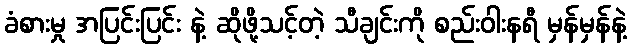
ခံစားမှု အပြင်းပြင်း နဲ့ ဆိုဖို့သင့်တဲ့ သီချင်းကို စည်းဝါးနရီ မှန်မှန်နဲ့